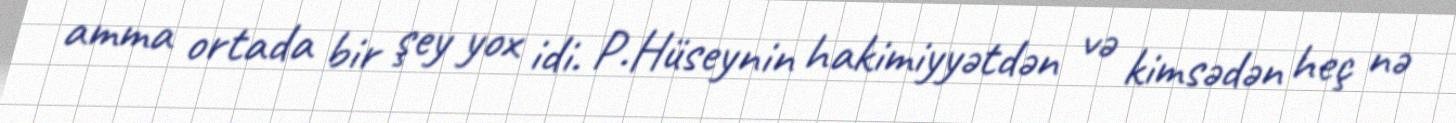
amma ortada bir şey yox idi. P.Hüseynin hakimiyyətdən və kimsədən heç nə